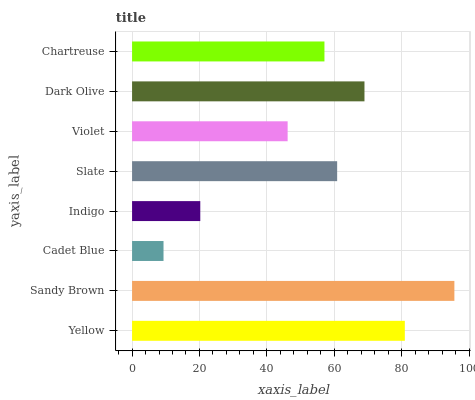
| yaxis_label | bars |
 | --- | --- |
 | Yellow | 81 |
 | Sandy Brown | 95.7 |
 | Cadet Blue | 9.33 |
 | Indigo | 20.2 |
 | Slate | 60.9 |
 | Violet | 46.2 |
 | Dark Olive | 69 |
 | Chartreuse | 57.1 |